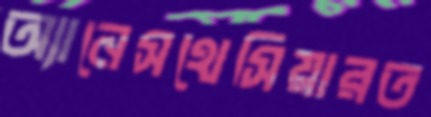
অ্যানেসথেসিয়ারত